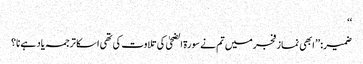
‘‘
ضمیر: ’’ ابھی نماز فجرمیں تم نے سورۃ الضحیٰ کی تلاوت کی تھی ا سکا ترجمہ یاد ہے نا؟